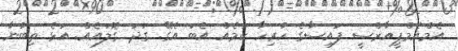
އެމްއެމްޕީއާރްސީ ފައިސާގެ ހުރިހާ ކަމެއް އެބަ އެގޭ. ގަދަ ގޮލައެއް. އަޅެ ތިބުނާ